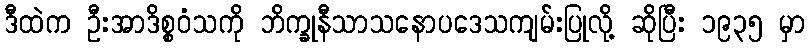
ဒီထဲက ဦးအာဒိစ္စဝံသကို ဘိက္ခုနီသာသနောပဒေသကျမ်းပြုလို့ ဆိုပြီး ၁၉၃၅ မှာ